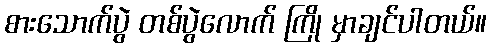
စားသောက်ပွဲ တစ်ပွဲလောက် ကြို မှာချင်ပါတယ်။